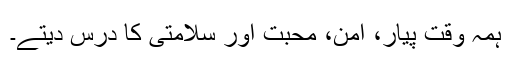
ہمہ وقت پیار، امن، محبت اور سلامتی کا درس دیتے۔